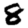
Digit: 8